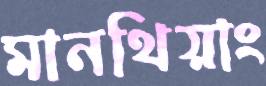
মানথিয়াং